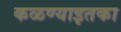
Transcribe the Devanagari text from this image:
कळण्याइतका